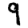
Digit: 9